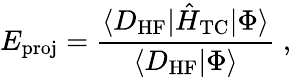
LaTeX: E_{\mathrm{proj}}=\frac{\langle D_{\mathrm{HF}}|{\hat{H}}_{\mathrm{TC}}|\Phi\rangle}{\langle D_{\mathrm{HF}}|\Phi\rangle}\; ,